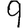
Digit: 9